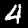
Digit: 4